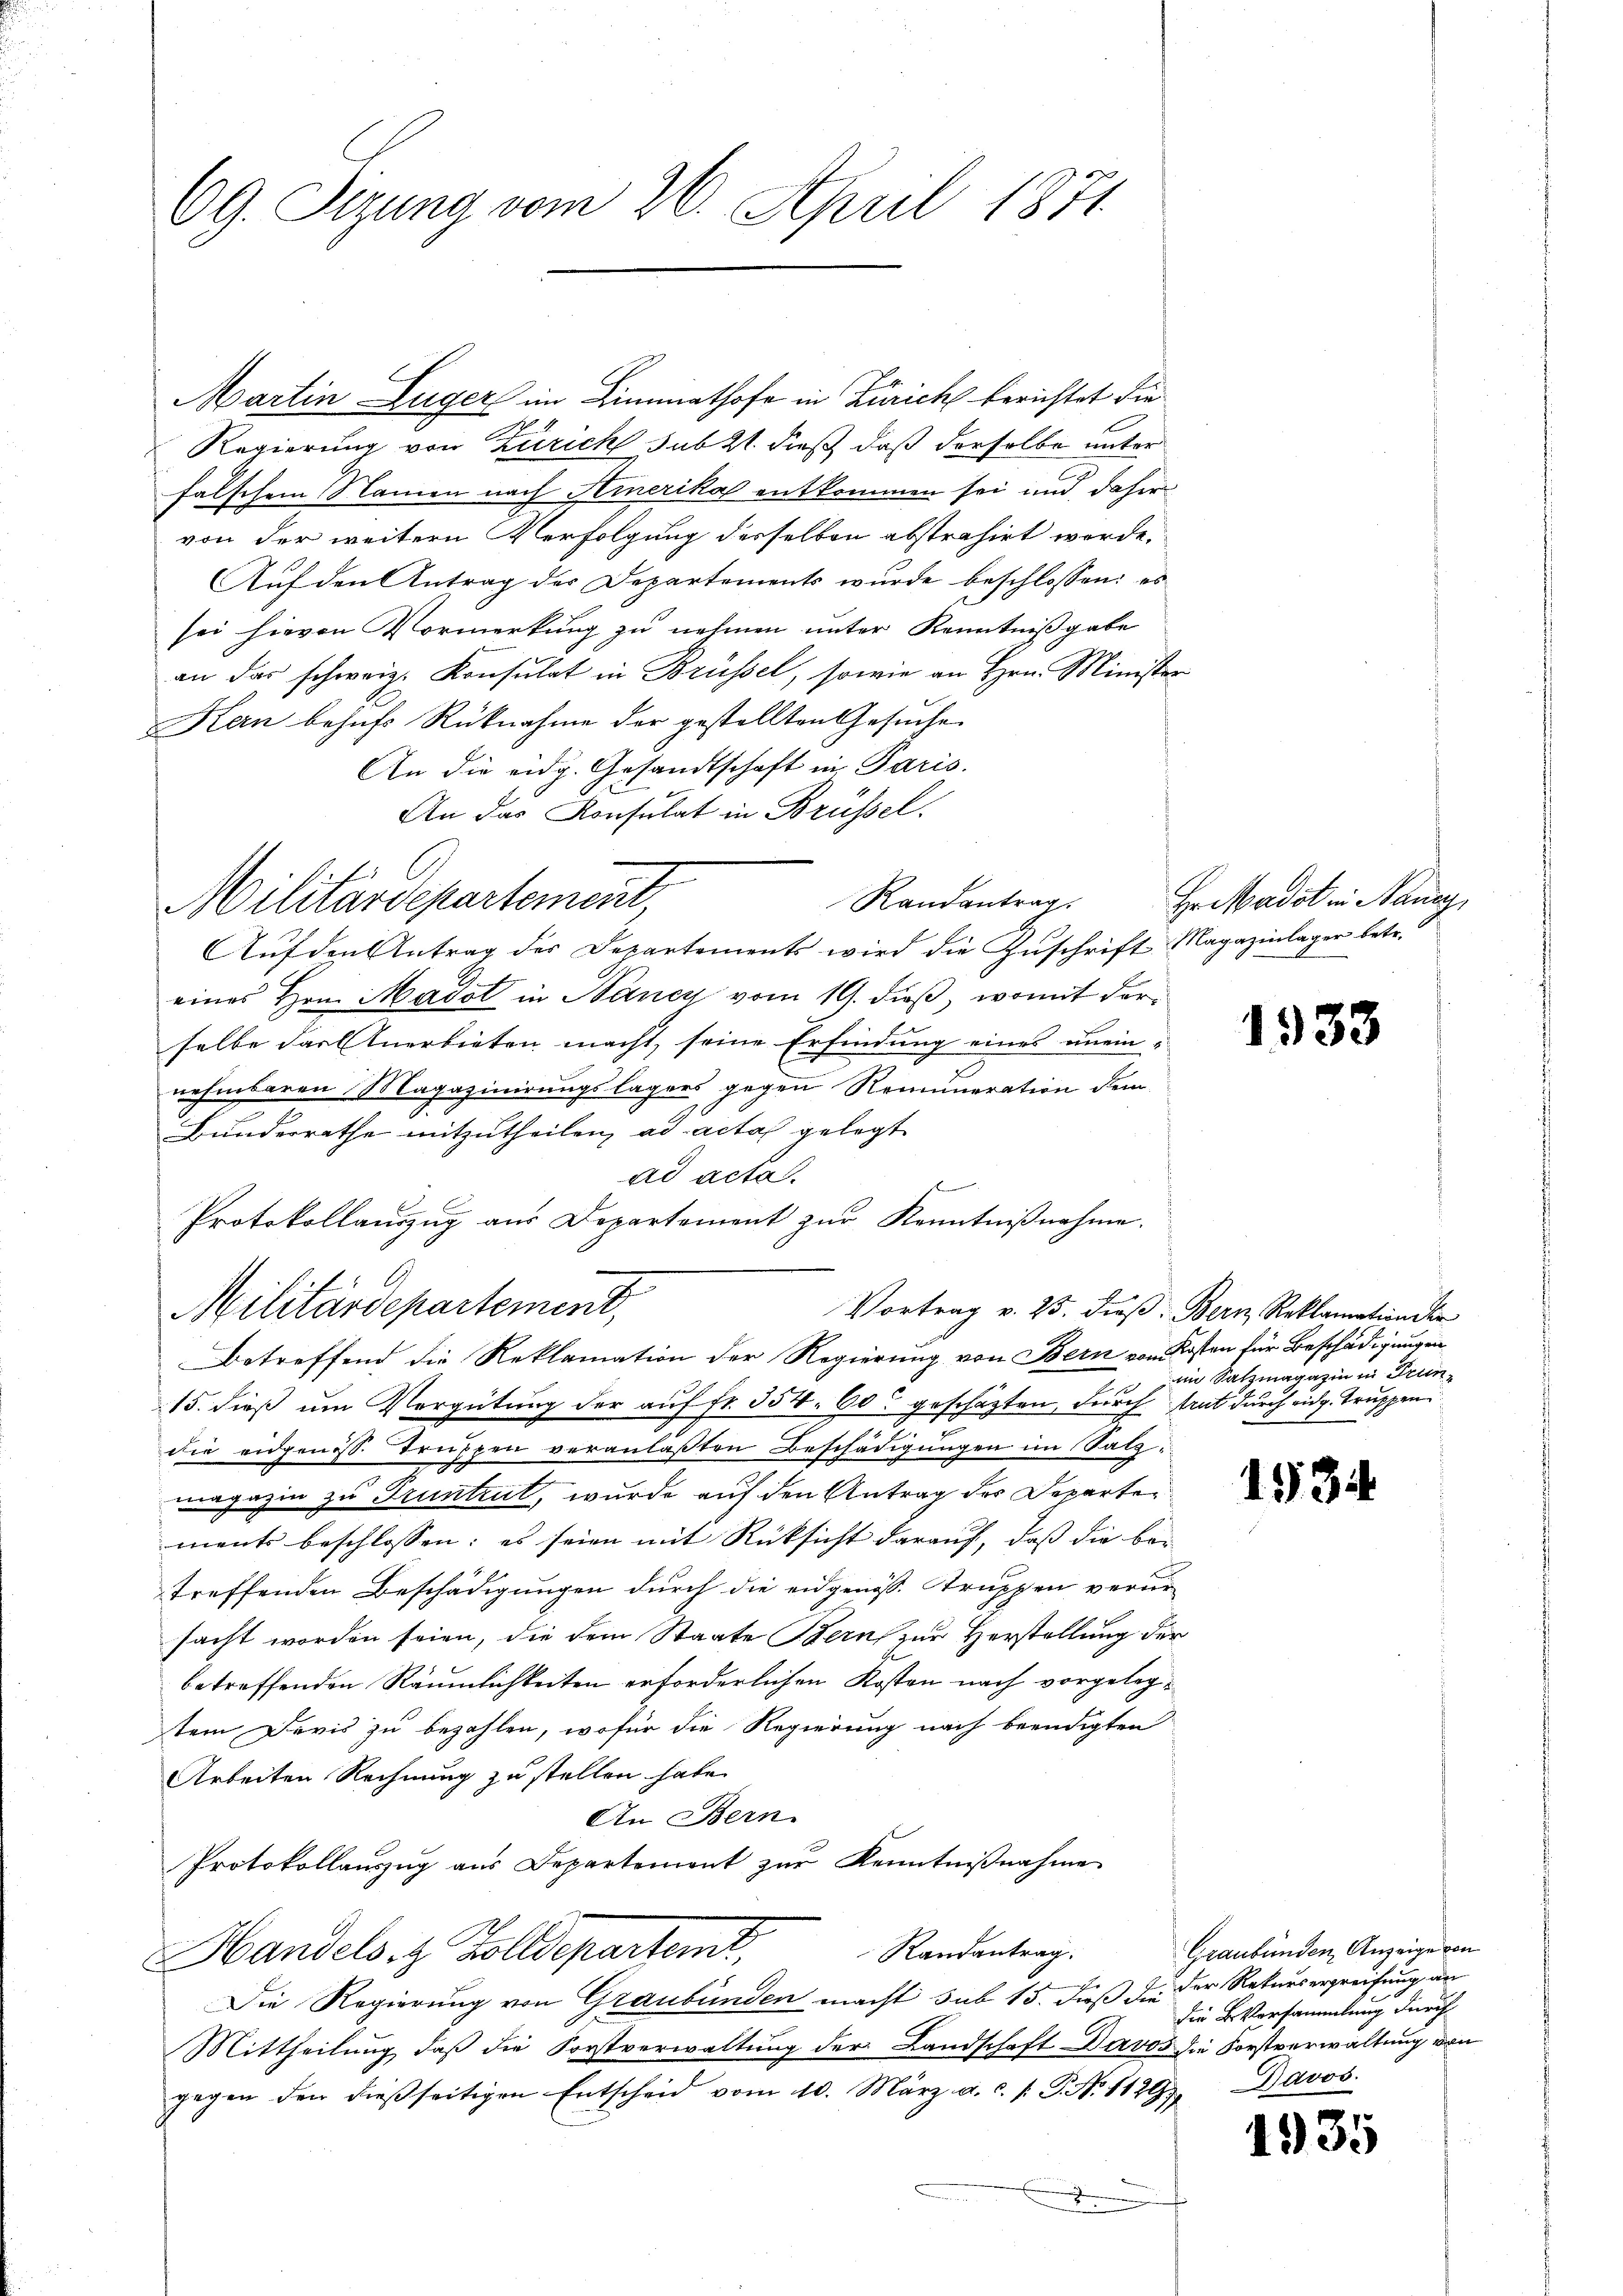
69. Sizung vom 26. April 1871

Martin Luger im Limmathofe in Zürich berichtet die
Regierung von Zürich sub 21. dieß, daß derselbe unter
falschem Namen nach Hinerikas entkommen sei und daher
von der weitern Verfolgung desselben abstrahirt werde.
Aŭf den Antrag der Departements wurde beschlossen: es
sei hievon Vormerkung zu nehmen unter Kenntnißgabe
an das schweiz. Konsulat in Brüssel, sowie an Hrn. Minister
Kan behufs Rücknahme der gestellten Gesuche
An die eidg. Gesandtschaft in Paris.
An das Konsulat in Brüssel.
Auf den Antrag der Departements wird die Zuschrift Magazinlager betr.
eines Hrn. Madot in Bancy vom 19. dieß, womit derselbe darnerbieten macht, seine Erfindung eines unein-
nehmbaren Magazinirungslagers gegen Remuneration dem
Bunderrathe mitzutheilen, ad acta gelegt
ad acta.
f
Protokollaŭszŭg aŭs Departement zŭr Kenntniβnahme.
Militärdepartement,
Vortrag v. 25. dieβ: Bern Reklamation der
Betreffend die Reklamation der Regierung von Bern von Kosten für Beschädigungen
15. dieß um Vergütung der auf fr. 354. 60 geschäften, durch trat durch eidg. Truppen
4
die eidgenöss. Truppen veranlaßten Beschädigungen im Satzu
3
magazin zu druntrut, wurde auf den Antrag des Departen
ments beschlossen: es seien mit Rücksicht darauf, dass die be-
treffenden Beschädigungen durch die eidgenöss. Struppen verur
sacht worden seien, die dem Staate Bern zur Herstellung der
betreffenden Räumlichkeiten erforderlichen Kosten nach vorgelegtem Devis zu bezahlen, wofür die Regierung nach beendigten
Arbeiten Rechnung zu stellen habe.
An Bern.
Protokollaŭszŭg aŭs Departement zŭr Kenntniβnahme
Randantrag.
Handels z. Zolldepartemt,
Die Regierung von Graubünden macht sub 15. dieß in der Rekursergreifung an
Mittheilung, daß die Forstverwaltung der Landschaft Davos die Forstverwaltung von
gegen den dießseitigen Entscheid vom 10. März a. c. s. P. No 1129)
.

f 6
Militardepartement,

Randantrag.

Hradot in Nancy

1933

im Satzmagazin in Grun¬

1934.

Graubünden Anzeige von
Die Versammlung durch
Bavos.

1935